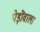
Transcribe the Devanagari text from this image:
पेड़ोंवाला